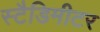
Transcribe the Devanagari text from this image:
स्टैडिमीटर